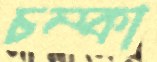
চম্‌কা